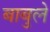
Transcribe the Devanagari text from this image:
बाबुले